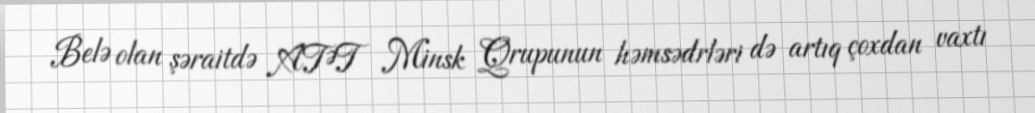
Belə olan şəraitdə ATƏT Minsk Qrupunun həmsədrləri də artıq çoxdan vaxtı